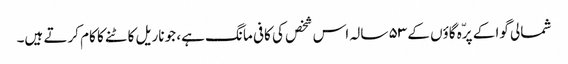
شمالی گوا کے پرّہ گاؤں کے ۵۳ سالہ اس شخص کی کافی مانگ ہے، جو ناریل کاٹنے کا کام کرتے ہیں۔